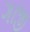
ગાજી